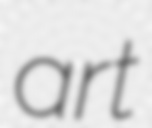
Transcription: art